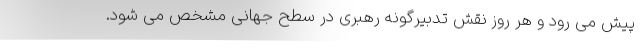
پیش می رود و هر روز نقش تدبیرگونه رهبری در سطح جهانی مشخص می شود.